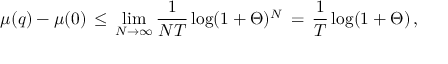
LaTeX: \mu ( q ) - \mu ( 0 ) \, \leq \, \operatorname * { l i m } _ { N \rightarrow \infty } { \frac { 1 } { N T } } \log ( 1 + \Theta ) ^ { N } \, = \, { \frac { 1 } { T } } \log ( 1 + \Theta ) \, ,